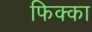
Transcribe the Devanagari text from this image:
फिक्का